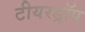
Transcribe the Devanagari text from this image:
टीयरड्रॉप